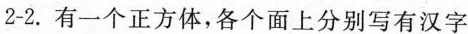
2-2. 有一个正方体，各个面上分别写有汉字